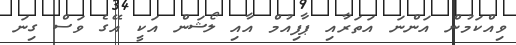
ވިއްކަމުން އަންނަ އަތަރާއި ޕާފިއުމް އާއި ލޯޝަން އަކީ އޭގެ ވަސް ގިނަ